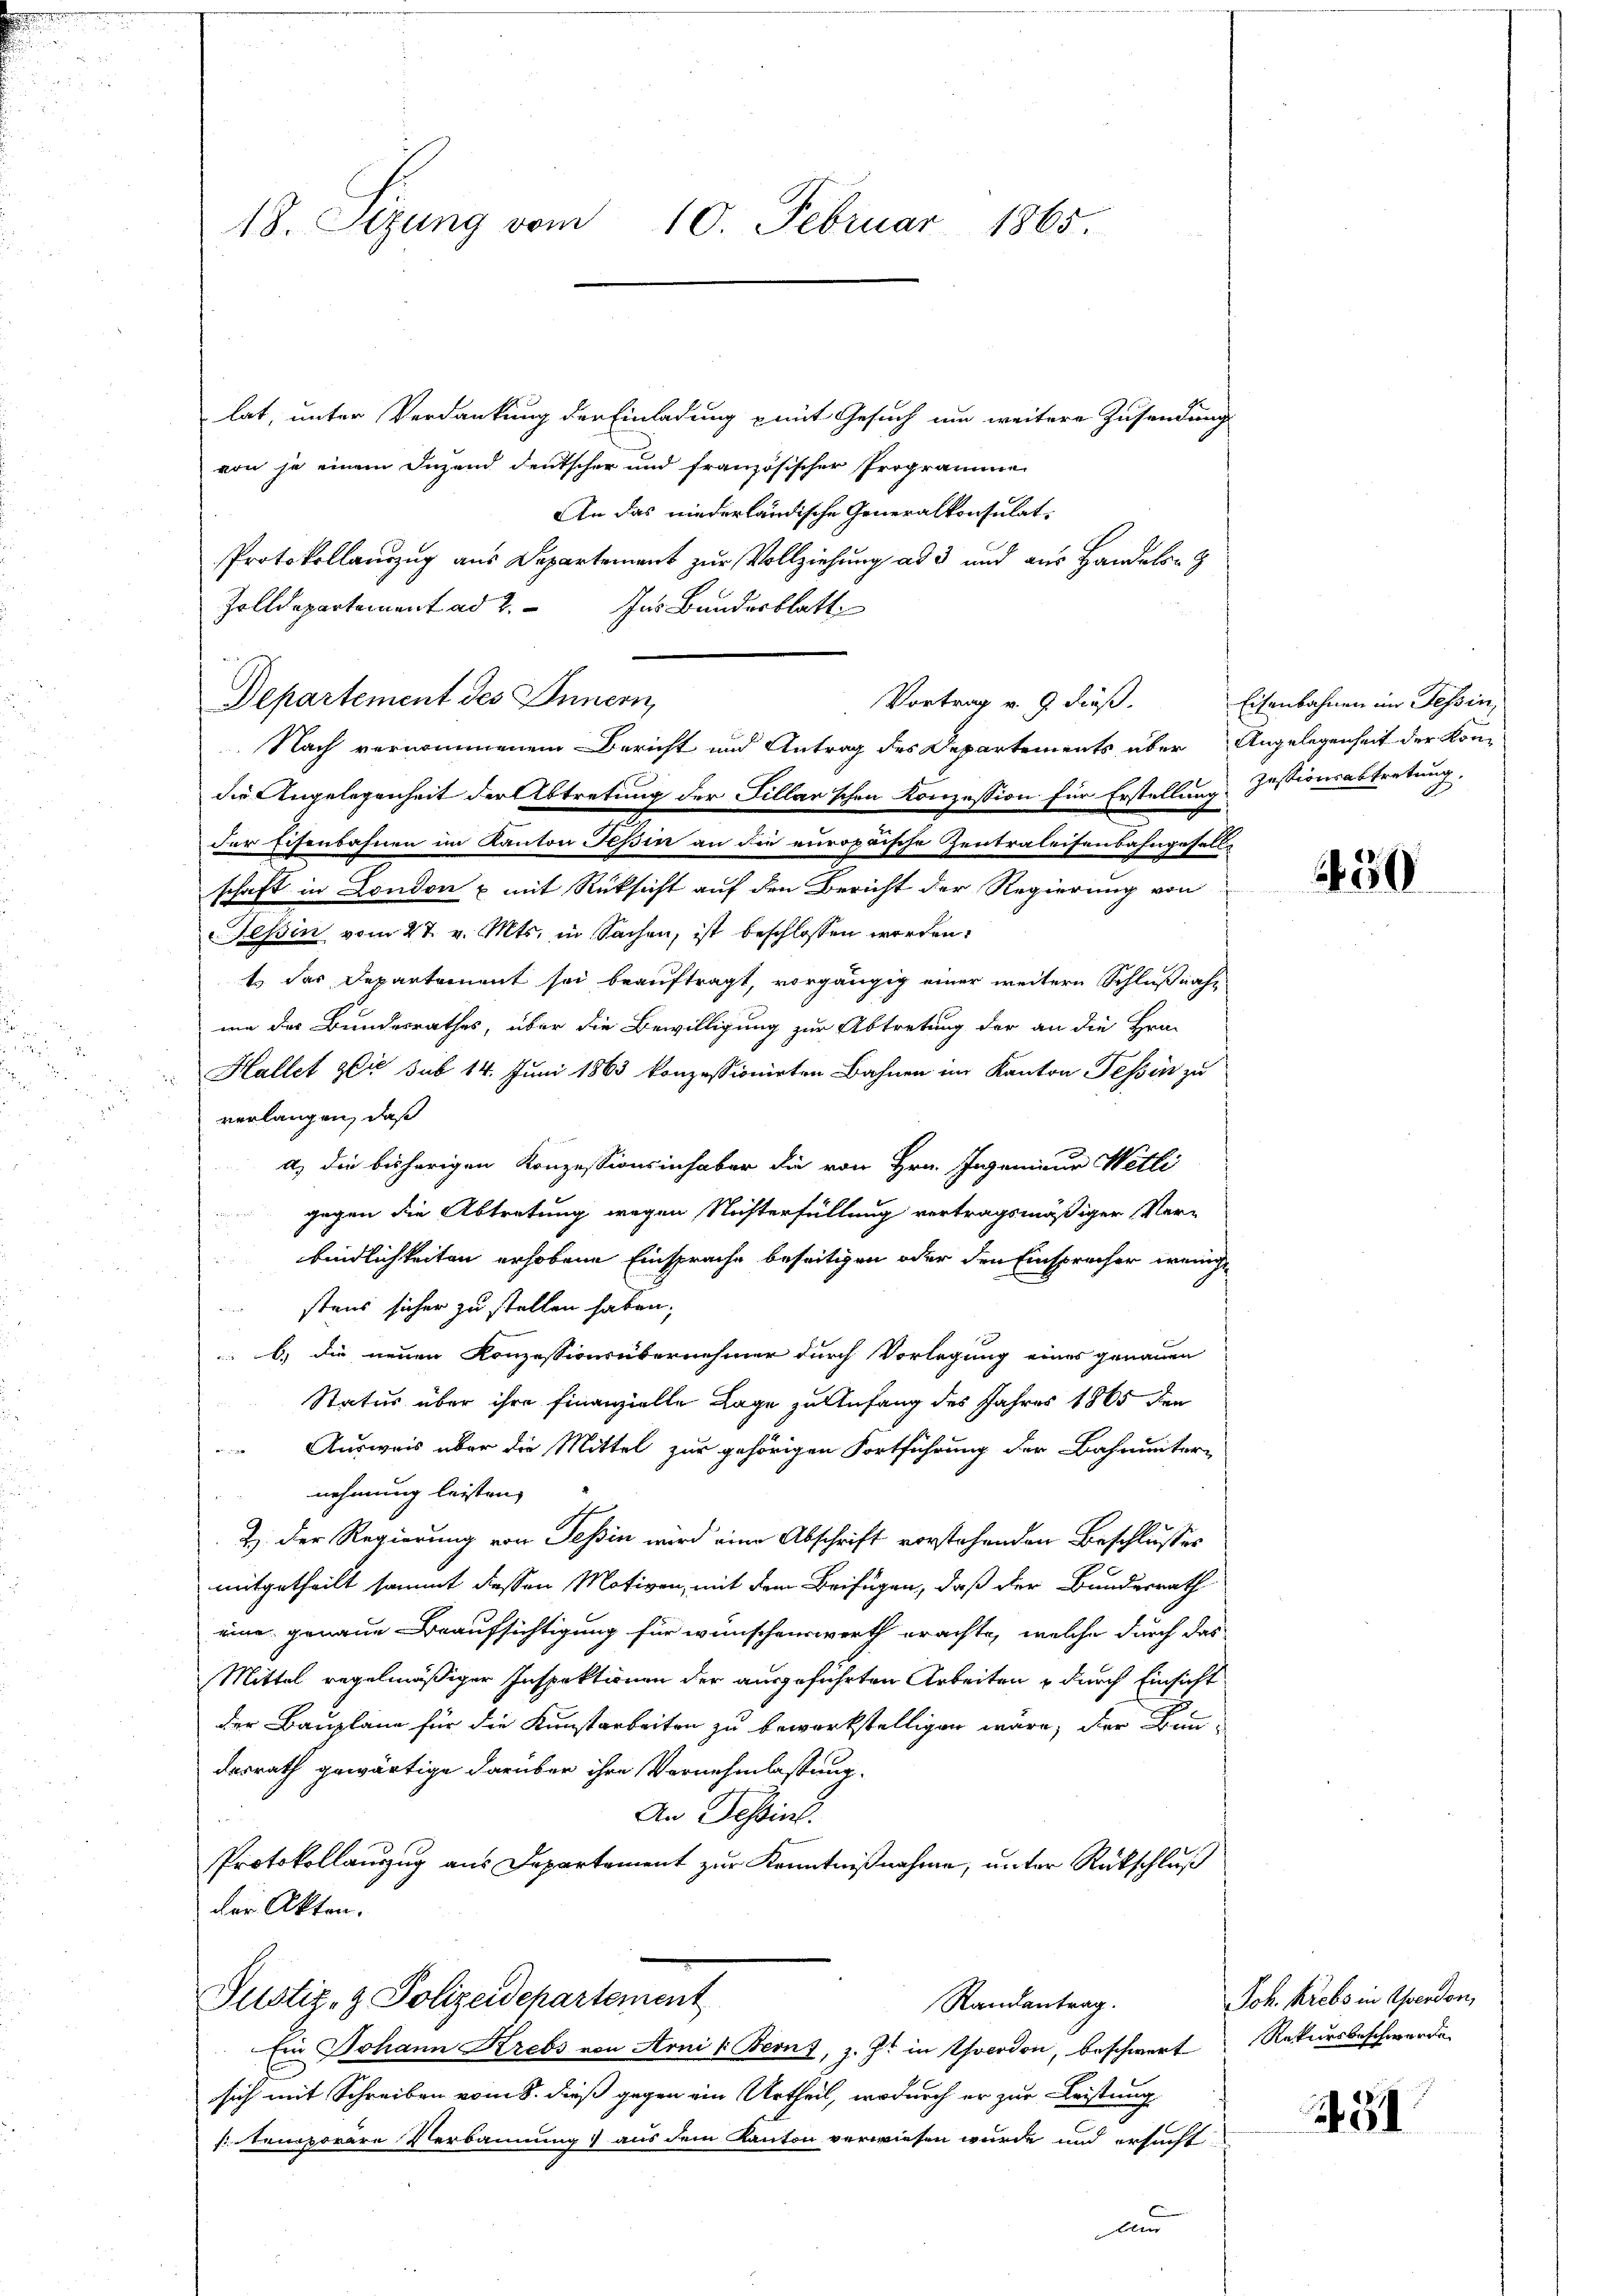
18. Sizung vom 10. Februar 1865.

lat, unter Verdankung der Einladung mit Gesuch um weitere Zusendung
von je einem Juzend deutscher und französischer Programmen
An das niederländische Generalkonsulat
Protokollauszug aus Departement zur Vollziehung ad 3 und aus Handels- &
Zolldepartement ad 2. Ins Bundesblatt
Departement des Innern,
Vortrag v. 9. dieß.
die Angelegenheit der Abtretung der Fillarschen Konzession für Erstellung Jestionsabtretung
der Eisenbahnen im Kanton Teßin an die europaische Zentraleisenbahngeselle
schaft in London u mit Rüksicht auf den Bericht der Regierung von
Tessin vom 27. v. Mts. in Sachen, ist beschlossen worden,
t das Departement sei beauftragt, vorgängig einer weitern Schlußnahme der Bundesrathes, über die Bewilligung zur Abtretung der an die Hrn.
Hallet zu sub 14. Juni 1863 konzessionirten Bahnen im Kanton Tessin zu
verlangen, daß
a) die bisherigen Konzessionsinhaber die von Hrn. Ingenieur Wetli
gegen die Abtretung wegen Nichterfüllung vertragsmäßiger Ver-
bindlichkeiten erhobene Einsprache beseitigen oder den Einsprecher wenige
stens sicher zu stellen haben;
b) die neuen Konzessionsübernehmer durch Vorlegung eines genauen
Status über ihre finanzielle Lage zu Anfang des Jahres 1865 den
 Ausweis über die Mittel zur gehörigen Fortführung der Bahnunter-
nehmung leisten,
Z. Der Regierung von Teßin wird eine Abschrift vorstehenden Beschlusses
mitgetheilt sammt dessen Motiven, mit dem Beifügen, daß der Bundesrath
eine genaue Beaufsichtigung für wünschenswerth erachte, welche durch das
Mittel regelmäßiger Inspektionen der ausgeführten Arbeiten & durch Einsicht
der Baupläne für die Kunstarbeiten zu bewerkstelligen wäre, der Bun-
desrath gewärtige darüber ihre Vernehmlassung.
An Tessin.
Protokollauszug aus Departement zur Kenntnißnahme, unter Rückschluß
der Akten.
Justiz- & Polizeidchartement
Randantrag.
Ein Johann Krebs von Arni k. Berns, z. Zt. in Theodon, beschwert Rekursbeschwerden
sich mit Schreiben vom 8. dieß gegen ein Urtheil, wodurch er zur Leistung
sintemporäre Verbannung aus dem Kanton verwiesen wurde und ersucht
und

Nach vernommenem Bericht und Antrag des Departements über Angelegenheit der Kon-

Eisenbahnen im Tessin,

50

Joh. Krebs in Operdon,

431